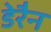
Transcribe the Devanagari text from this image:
डेरैन